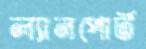
ল্যানপোর্ট